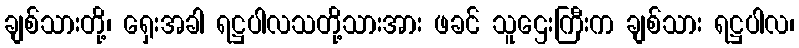
ချစ်သားတို့၊ ရှေးအခါ ရဋ္ဌပါလသတို့သားအား ဖခင် သူဌေးကြီးက ချစ်သား ရဋ္ဌပါလ၊